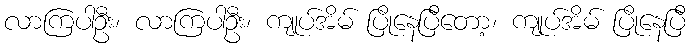
လာကြပါဦး၊ လာကြပါဦး၊ ကျုပ်အိမ် ပြိုနေပြီတော့၊ ကျုပ်အိမ် ပြိုနေပြီ